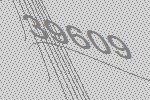
39609